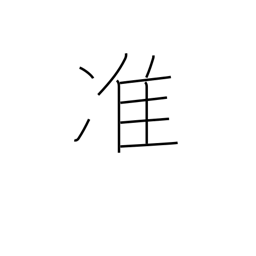
Meaning: semi-